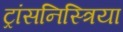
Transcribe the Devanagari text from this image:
ट्रांसनिस्त्रिया